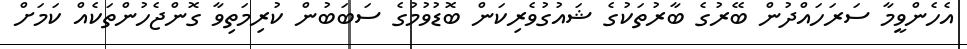
އެހެންވީމާ ސަރަހައްދުން ބޭރުގެ ބާރުތަކުގެ ޝައުގުވެރިކަން ބޮޑުވުމުގެ ސަބަބުން ކުރިމަތިވާ ގޮންޖެހުންތަކެއް ކަމަށް